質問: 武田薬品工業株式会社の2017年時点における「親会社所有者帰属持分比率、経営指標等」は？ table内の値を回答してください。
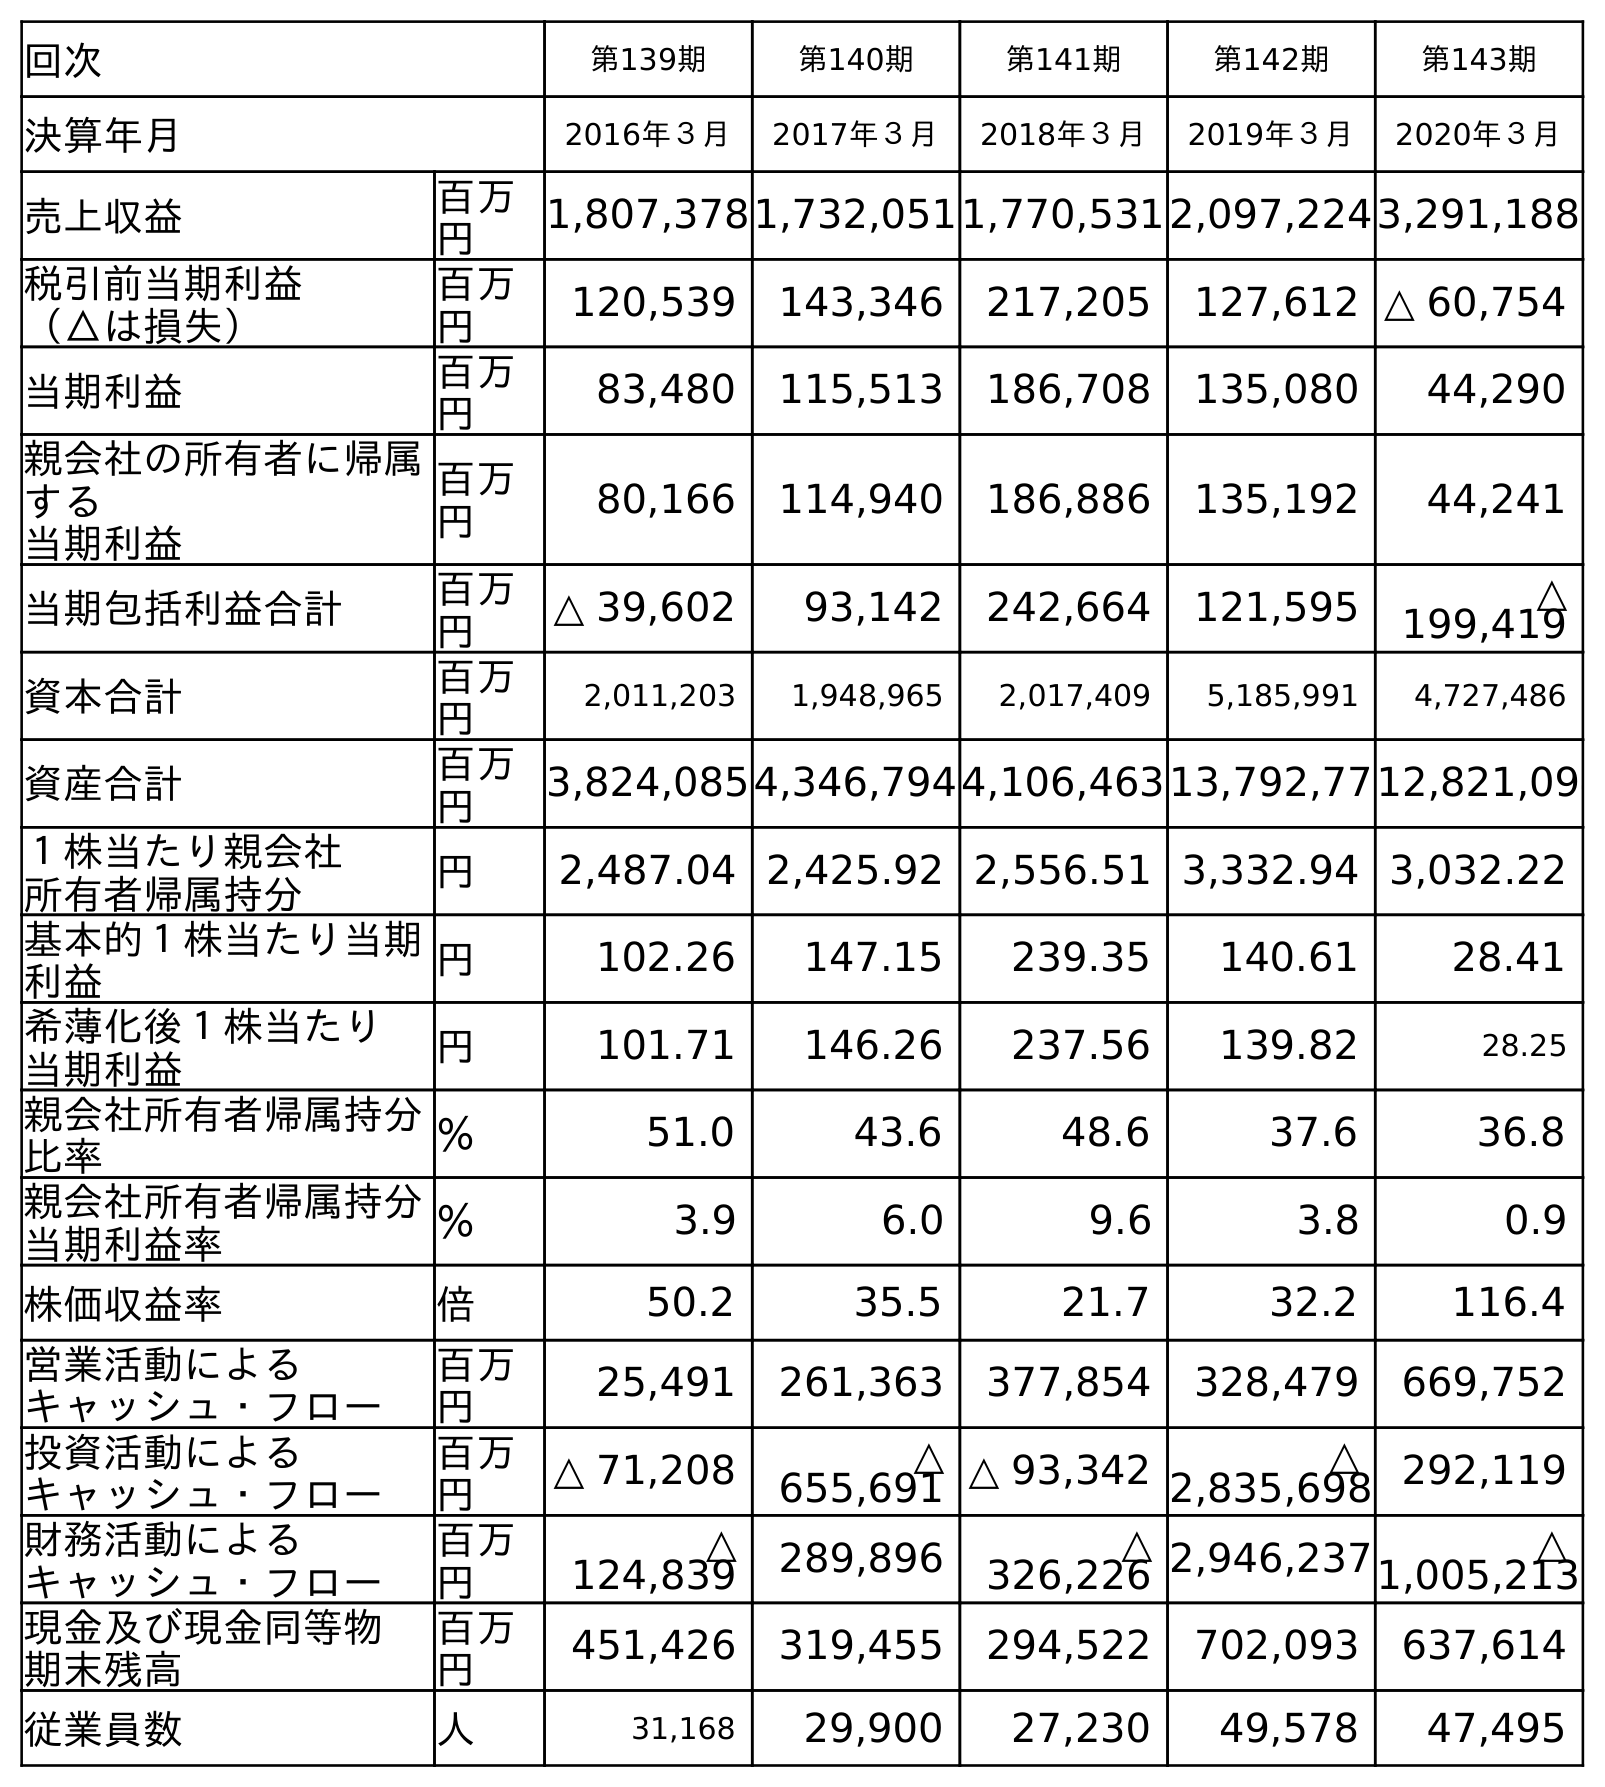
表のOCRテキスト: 回次 第139期 第140期 第141期 第142期 第143期 決算年月 2016年３月 2017年３月 2018年３月 2019年３月 2020年３月 売上収益 百万 円 1,807,3781,732,0511,770,5312,097,2243,291,188 税引前当期利益 （△は損失） 百万 円 120,539 143,346 217,205 127,612 △ 60,754 当期利益 百万 円 83,480 115,513 186,708 135,080 44,290 親会社の所有者に帰属 する 当期利益 百万 円 80,166 114,940 186,886 135,192 44,241 当期包括利益合計 百万 円 △ 39,602 93,142 242,664 121,595 △ 199,419 資本合計 百万 円 2,011,203 1,948,965 2,017,409 5,185,991 4,727,486 資産合計 百万 円 3,824,0854,346,7944,106,46313,792,7712,821,09 １株当たり親会社 所有者帰属持分 円 2,487.04 2,425.92 2,556.51 3,332.94 3,032.22 基本的１株当たり当期 利益 円 102.26 147.15 239.35 140.61 28.41 希薄化後１株当たり 当期利益 円 101.71 146.26 237.56 139.82 28.25 親会社所有者帰属持分 比率 ％ 51.0 43.6 48.6 37.6 36.8 親会社所有者帰属持分 当期利益率 ％ 3.9 6.0 9.6 3.8 0.9 株価収益率 倍 50.2 35.5 21.7 32.2 116.4 営業活動による キャッシュ・フロー 百万 円 25,491 261,363 377,854 328,479 669,752 投資活動による キャッシュ・フロー 百万 円 △ 71,208 △ 655,691 △ 93,342 △ 2,835,698 292,119 財務活動による キャッシュ・フロー 百万 円 △ 124,839 289,896 △ 326,226 2,946,237 △ 1,005,213 現金及び現金同等物 期末残高 百万 円 451,426 319,455 294,522 702,093 637,614 従業員数 人 31,168 29,900 27,230 49,578 47,495
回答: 43.6